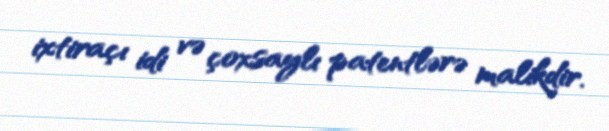
ixtiraçı idi və çoxsaylı patentlərə malikdir.